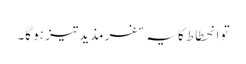
تو انحطاط کا یہ سفر مذید تیز ہو گا۔